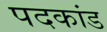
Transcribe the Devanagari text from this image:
पदकांड